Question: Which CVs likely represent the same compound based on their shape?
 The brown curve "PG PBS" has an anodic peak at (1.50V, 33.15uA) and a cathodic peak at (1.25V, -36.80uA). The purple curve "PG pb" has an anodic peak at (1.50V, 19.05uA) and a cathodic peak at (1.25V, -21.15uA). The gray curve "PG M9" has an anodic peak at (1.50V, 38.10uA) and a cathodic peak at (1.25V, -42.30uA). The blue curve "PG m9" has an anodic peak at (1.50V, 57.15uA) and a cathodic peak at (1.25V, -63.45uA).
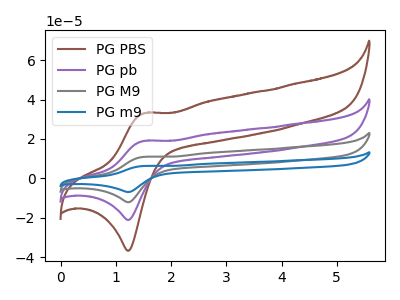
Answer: <think>All the peaks in "PG PBS" have a peak in "PG pb" at the same potential. Every peak in "PG PBS" is higher than every peak in "PG pb". All the peaks in "PG PBS" have a peak in "PG M9" at the same potential. Every peak in "PG PBS" is lower than every peak in "PG M9". All the peaks in "PG PBS" have a peak in "PG m9" at the same potential. Every peak in "PG PBS" is lower than every peak in "PG m9". All the peaks in "PG pb" have a peak in "PG M9" at the same potential. Every peak in "PG pb" is lower than every peak in "PG M9". All the peaks in "PG pb" have a peak in "PG m9" at the same potential. Every peak in "PG pb" is lower than every peak in "PG m9". All the peaks in "PG M9" have a peak in "PG m9" at the same potential. Every peak in "PG M9" is lower than every peak in "PG m9".
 </think>
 <answer>"PG PBS", "PG pb", "PG M9" and "PG m9" have the same shape and are likely CV's of the same chemical.</answer>
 <eval>"PG PBS" "PG pb" "PG M9" "PG m9"</eval>